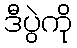
ဒီပွဲကို